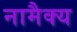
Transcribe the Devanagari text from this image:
नामैक्य